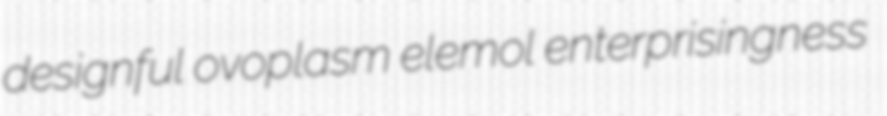
designful ovoplasm elemol enterprisingness